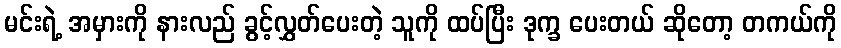
မင်းရဲ့ အမှားကို နားလည် ခွင့်လွှတ်ပေးတဲ့ သူကို ထပ်ပြီး ဒုက္ခ ပေးတယ် ဆိုတော့ တကယ်ကို